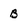
Character: b